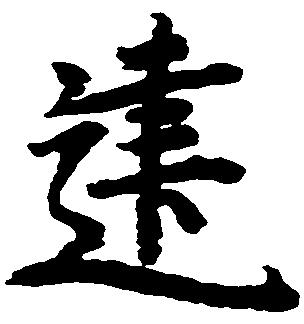
建